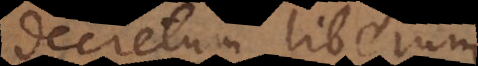
etum liberum